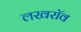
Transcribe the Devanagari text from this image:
लखरॉव